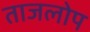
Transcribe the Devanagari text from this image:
ताजलोप